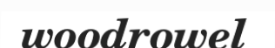
woodrowel